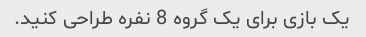
یک بازی برای یک گروه 8 نفره طراحی کنید.